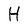
Character: H